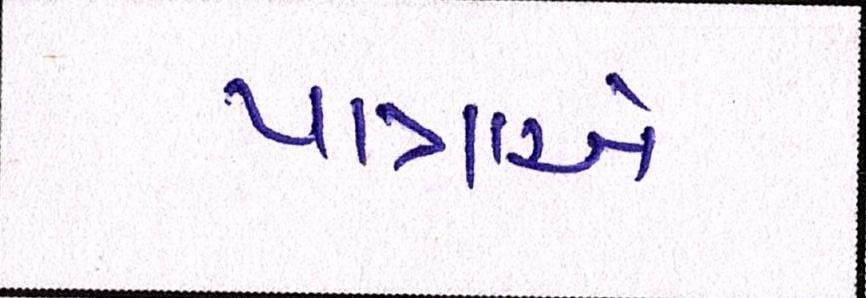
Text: યાત્રાએ